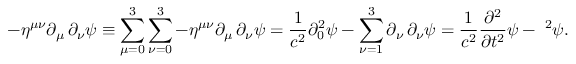
- \eta ^ { \mu \nu } \partial _ { \mu } \, \partial _ { \nu } \psi \equiv \sum _ { \mu = 0 } ^ { 3 } \sum _ { \nu = 0 } ^ { 3 } - \eta ^ { \mu \nu } \partial _ { \mu } \, \partial _ { \nu } \psi = { \frac { 1 } { c ^ { 2 } } } \partial _ { 0 } ^ { 2 } \psi - \sum _ { \nu = 1 } ^ { 3 } \partial _ { \nu } \, \partial _ { \nu } \psi = { \frac { 1 } { c ^ { 2 } } } { \frac { \partial ^ { 2 } } { \partial t ^ { 2 } } } \psi - \mathbf { \nabla } ^ { 2 } \psi .